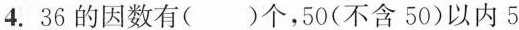
4. 36的因数有( )个，50(不含50)以内5